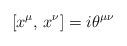
LaTeX: \begin{align*}\left[ x^{\mu },\,x^{\nu }\right] =i\theta ^{\mu \nu }\end{align*}